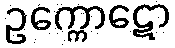
ဥက္ကောဋော